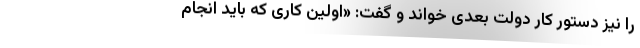
را نیز دستور کار دولت بعدی خواند و گفت: «اولین کاری که باید انجام